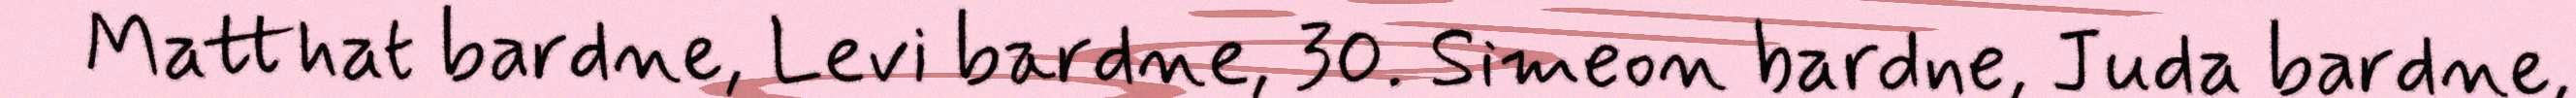
Matthat bardne, Levi bardne, 30. Simeon bardne, Juda bardne,